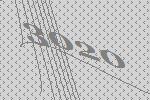
3020